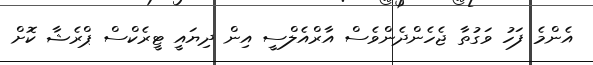
އެންމެ ފަހު ވަގުތާ ޖެހެންދެންވެސް އާރްއެލްސީ އިން ދިޔައީ ޓީރެކްސް ޕްރެޝާ ކޮށް